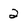
Character: 2